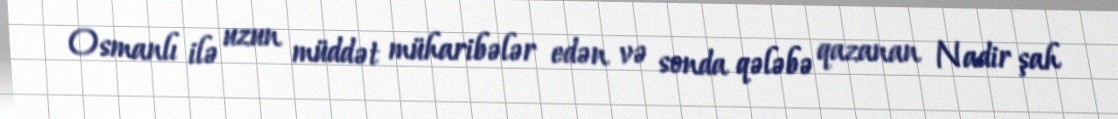
Osmanlı ilə uzun müddət müharibələr edən və sonda qələbə qazanan Nadir şah